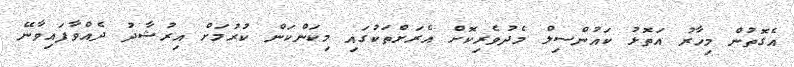
އެގޮތުން މިހާރު އަތޮޅު ކައުންސިލް މެދުވެރިކޮށް އެރަށްތަކުގައި މިކަންކަން ކުރުމަށް އިރުޝާދު ދެއްވާފައިވާނޭ